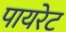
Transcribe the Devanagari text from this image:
पायरेट